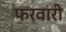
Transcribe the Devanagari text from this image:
फरवारी